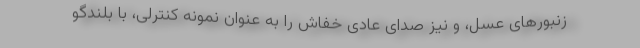
زنبورهای عسل، و نیز صدای عادی خفاش را به عنوان نمونه کنترلی، با بلندگو